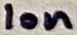
Text: 10n